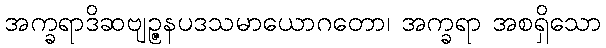
အက္ခရာဒိဆဗျဉ္ဇနပဒသမာယောဂတော၊ အက္ခရာ အစရှိသော